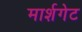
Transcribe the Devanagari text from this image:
मार्शगेट